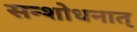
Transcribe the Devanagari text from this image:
सन्शोधनात्